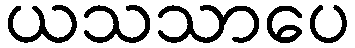
ယသသာပေ